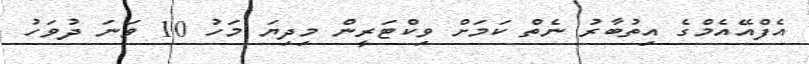
އެފްއޭއެމްގެ އިތުބާރު ނެތް ކަމަށް ވިކްޓަރީން މިދިޔަ މަހު 10 ވަނަ ދުވަހު